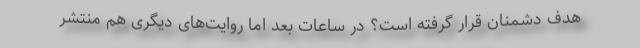
هدف دشمنان قرار گرفته است؟ در ساعات بعد اما روایت‌های دیگری هم منتشر